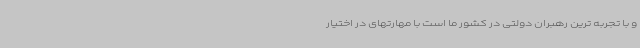
و با تجربه ترین رهبران دولتی در کشور ما است با مهارتهای در اختیار